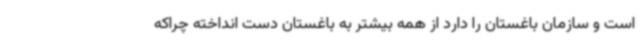
است و سازمان باغستان را دارد از همه بیشتر به باغستان دست انداخته چراکه